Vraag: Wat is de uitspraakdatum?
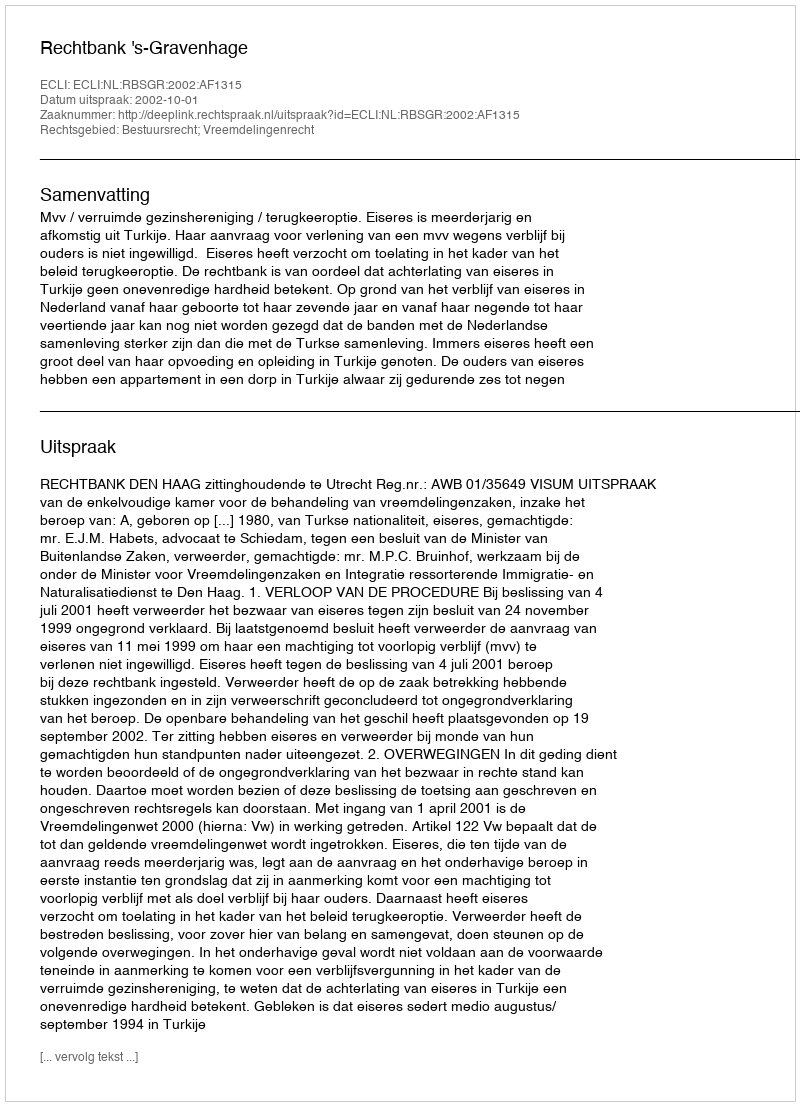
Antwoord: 2002-10-01